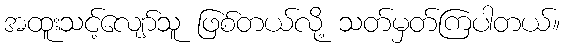
အထူးသင့်လျော်သူ ဖြစ်တယ်လို့ သတ်မှတ်ကြပါတယ်။